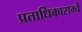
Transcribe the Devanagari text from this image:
प्रताधिकाराम्चे